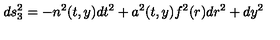
d s _ { 3 } ^ { 2 } = - n ^ { 2 } ( t , y ) d t ^ { 2 } + a ^ { 2 } ( t , y ) f ^ { 2 } ( r ) d r ^ { 2 } + d y ^ { 2 }